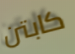
كابتن